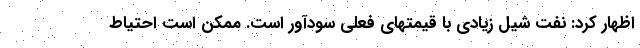
اظهار کرد: نفت شیل زیادی با قیمتهای فعلی سودآور است. ممکن است احتیاط